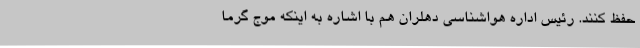
حفظ کنند. رئیس اداره هواشناسی دهلران هم با اشاره به اینکه موج گرما